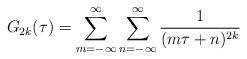
LaTeX: \begin{align*}G_{2k}(\tau) = \sum_{m=-\infty}^\infty\sum_{n=-\infty}^\infty \frac{1}{(m\tau + n)^{2k}}\end{align*}